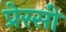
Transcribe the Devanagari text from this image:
प्रेस्सी